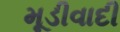
મૂડીવાદી